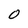
Character: 0